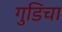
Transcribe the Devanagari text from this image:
गुडिचा